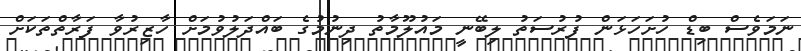
ނަމަވެސް ބިޑް ހުށަހަޅަން ފުރުސަތު ލިބޭނީ މައުލޫމާތު ދިނުމުގެ ބައްދަލުވުމަށް ހާޒިރުވާ ފަރާތްތަކަށް